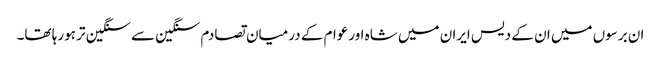
ان برسوں میں ان کے دیس ایران میں شاہ اورعوام کے درمیان تصادم سنگین سے سنگین تر ہورہا تھا۔